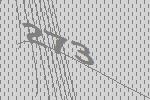
273